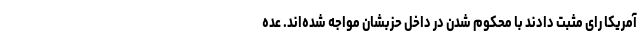
آمریکا رای مثبت دادند با محکوم شدن در داخل حزبشان مواجه شده‌اند. عده